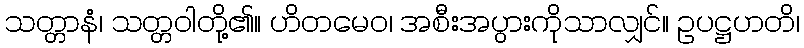
သတ္တာနံ၊ သတ္တဝါတို့၏။ ဟိတမေဝ၊ အစီးအပွားကိုသာလျှင်။ ဥပဋ္ဌဟတိ၊